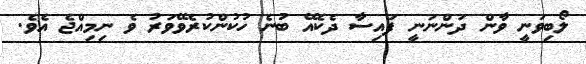
ލޯބިވަނީ ވާން ދަންނަނީ ފައިސާ ދެކެއޭ ބުނެ ހުކުންކުރެވޭވަރު ވެ ނިމިއްޖެ އެވެ.